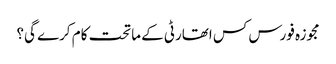
مجوزہ فورس کس اتھارٹی کے ماتحت کام کرے گی؟